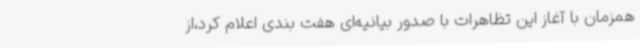
همزمان با آغاز این تظاهرات با صدور بیانیه‌ای هفت بندی اعلام کرد،از